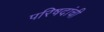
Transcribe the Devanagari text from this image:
परिषदांची